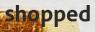
shopped